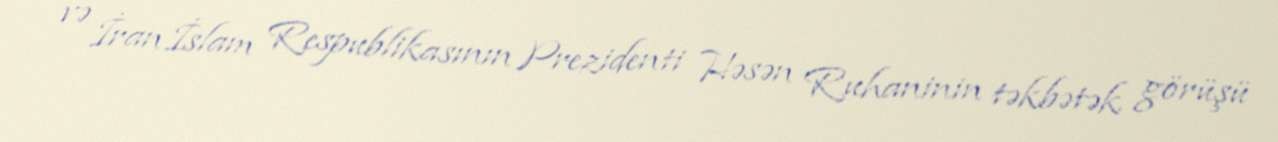
və İran İslam Respublikasının Prezidenti Həsən Ruhaninin təkbətək görüşü